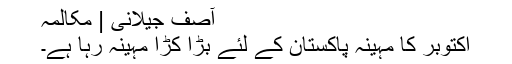
آصف جیلانی | مکالمہ
اکتوبر کا مہینہ پاکستان کے لئے بڑا کڑا مہینہ رہا ہے۔